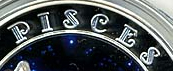
PISeES